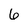
Character: 6